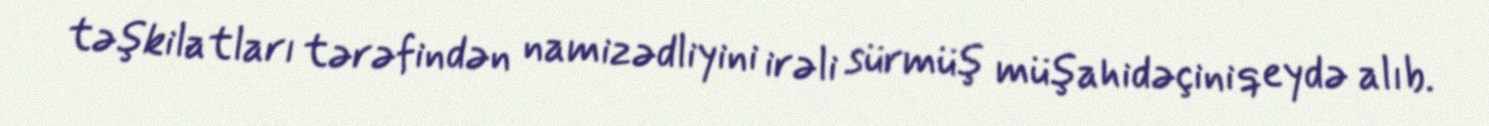
təşkilatları tərəfindən namizədliyini irəli sürmüş müşahidəçini qeydə alıb.